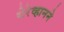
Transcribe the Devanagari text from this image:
येरेव्हानने